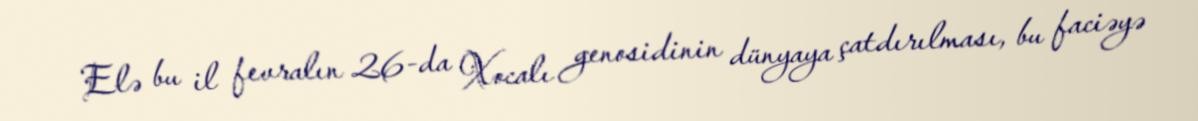
Elə bu il fevralın 26-da Xocalı genosidinin dünyaya çatdırılması, bu faciəyə